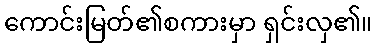
ကောင်းမြတ်၏စကားမှာ ရှင်းလှ၏။